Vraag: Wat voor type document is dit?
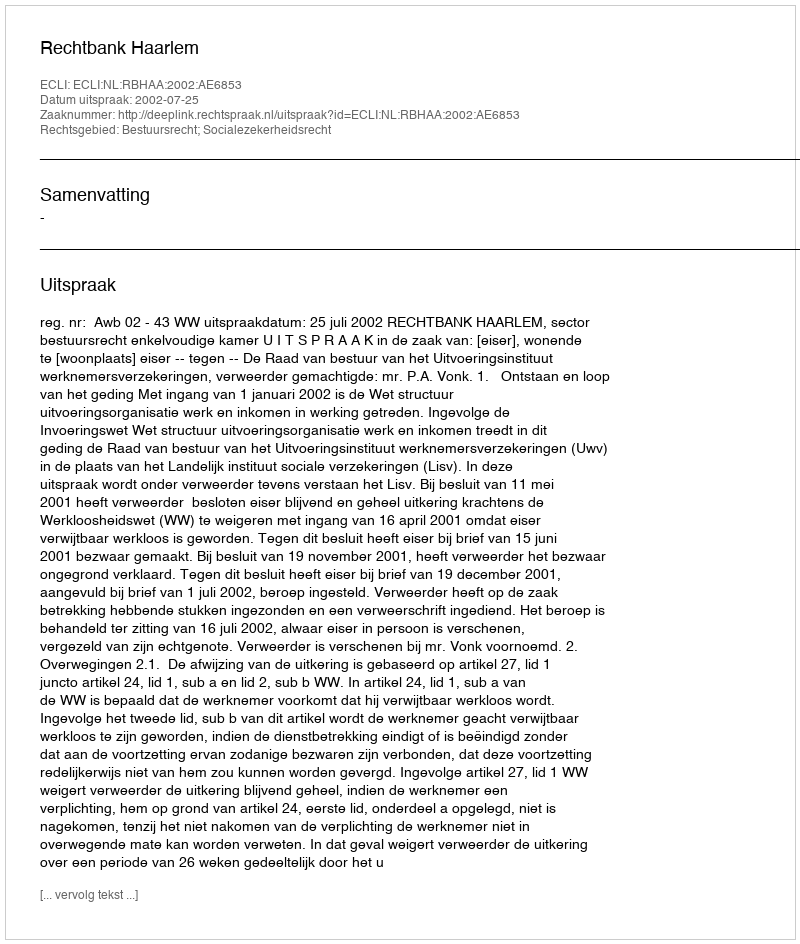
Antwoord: Uitspraak